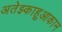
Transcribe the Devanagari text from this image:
अतेझ्काहुआकान